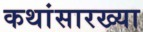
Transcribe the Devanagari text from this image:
कथांसारख्या